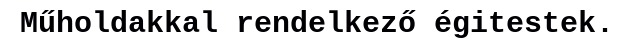
Műholdakkal rendelkező égitestek.